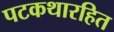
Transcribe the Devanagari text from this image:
पटकथारहित